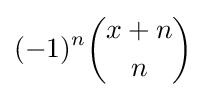
(-1)^{n}{\binom {x+n}{n}}